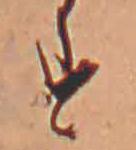
す